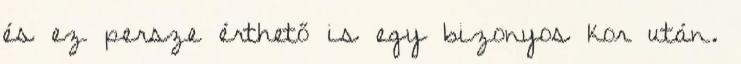
és ez persze érthető is egy bizonyos kor után.